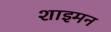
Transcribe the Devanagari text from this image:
शाइमन